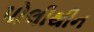
પોલીથીન